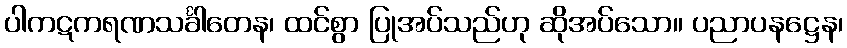
ပါကဋကရဏသင်္ခါတေန၊ ထင်စွာ ပြုအပ်သည်ဟု ဆိုအပ်သော။ ပညာပနဋ္ဌေန၊